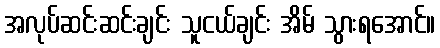
အလုပ်ဆင်းဆင်းချင်း သူငယ်ချင်း အိမ် သွားရအောင်။